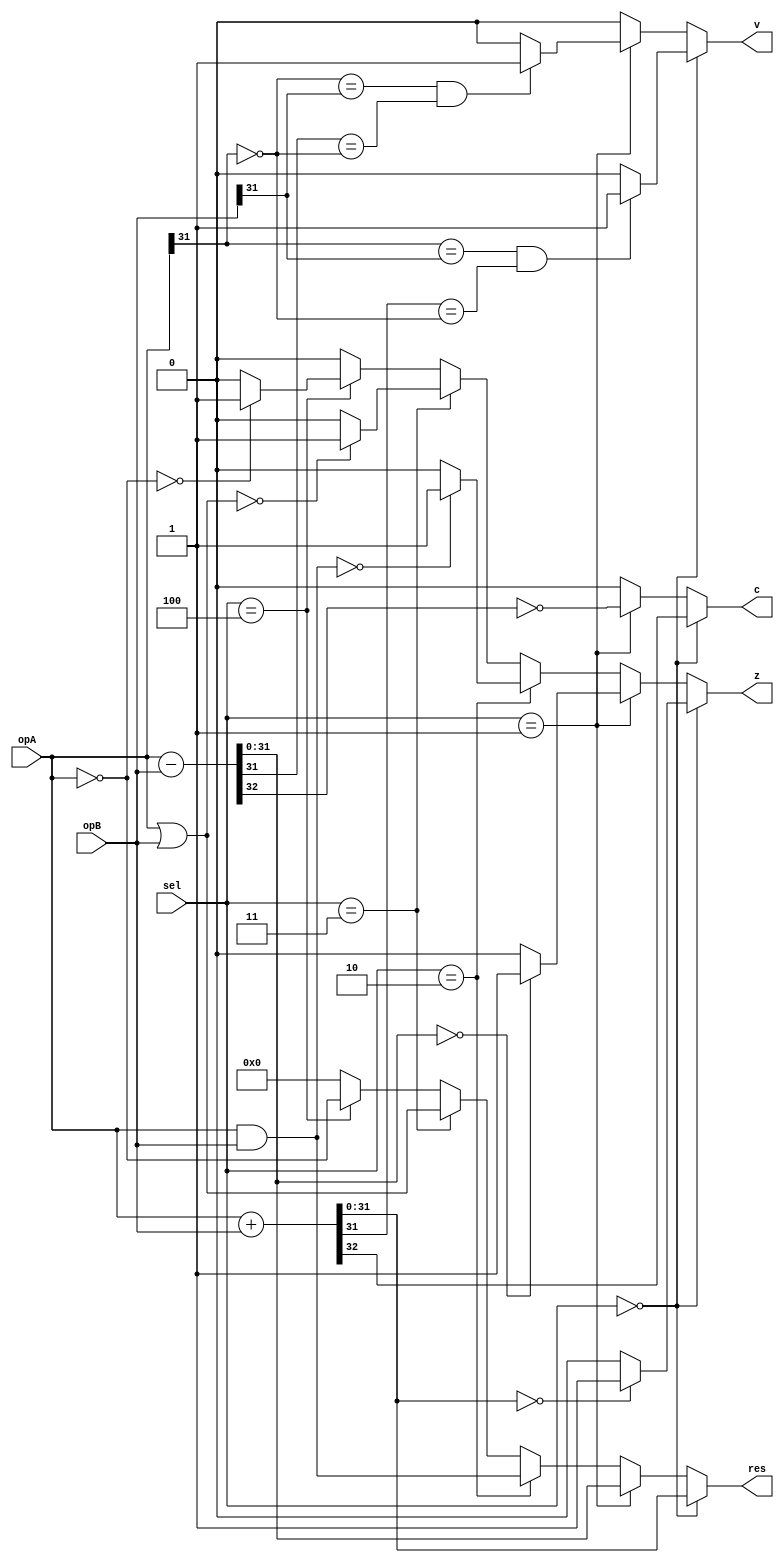
module alu(
	opA, opB,
	sel,
	res,
	z, c, v
);

	input [31:0] opA;
	input [31:0] opB;
	input [2:0] sel;
	output reg [31:0] res;
	output reg z, c, v;

	integer ctr;

	initial begin
	end

	always @(*) begin

		z = 0;
		c = 0;
		v = 0;
		res = 32'h00000000;
		// Addition
		if(sel == 3'b000) begin
			{c, res} = opA + opB;
			$display("%b", res);
			if(res == 32'h00000000)
				z = 1;
			if((opA[31] == opB[31]) && res[31] == ~opA[31])
				v = 1;
		end
		// Subtraction
		else if(sel == 3'b001) begin
			{c, res} = opA - opB;
			c = ~c;
			$display("%b", res);
			if(res == 32'h00000000)
				z = 1;
			if((~opA[31] == opB[31]) && res[31] == ~opA[31])
				v = 1;
		end
		else if(sel == 3'b010) begin
			res = opA & opB;
			$display("%b", res);
			if(res == 32'h00000000)
				z = 1;
		end
		else if(sel == 3'b011) begin
			res = opA | opB;
			$display("%b", res);
			if(res == 32'h00000000)
				z = 1;
		end
		else if(sel == 3'b100) begin
			res = ~opA;
			$display("%b", res);
			if(res == 32'h00000000)
				z = 1;
		end
		else begin
			$display("Invalid 'sel' value");
		end

		$display("Zero Flag: %b", z);
		$display("Carry Flag: %b", c);
		$display("Overflow Flag: %b", v);
	end

endmodule